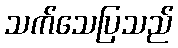
သက်သေပြသည်